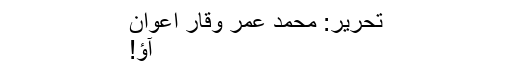
تحریر: محمد عمر وقار اعوان
آؤ!